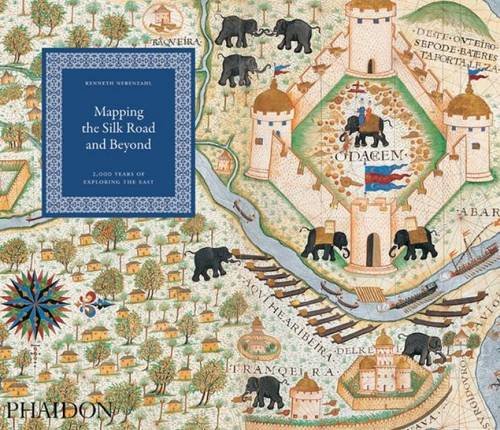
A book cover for Mapping the Silk Road and Beyond: 2,000 Years of Exploring the East; Kenneth Nebenzahl; Science & Math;